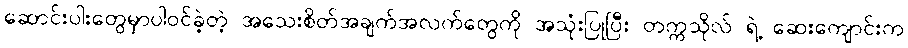
ဆောင်းပါးတွေမှာပါဝင်ခဲ့တဲ့ အသေးစိတ်အချက်အလက်တွေကို အသုံးပြုပြီး တက္ကသိုလ် ရဲ့ ဆေးကျောင်းက